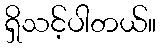
ရှိသင့်ပါတယ်။